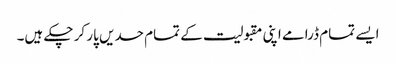
ایسے تمام ڈرامے اپنی مقبولیت کے تمام حدیں پار کر چکے ہیں۔